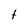
Character: t